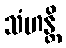
သံဟန္တိ